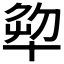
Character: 𠦨